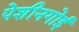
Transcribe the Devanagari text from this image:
पेशीनगोई